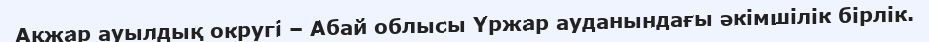
Ақжар ауылдық округі – Абай облысы Үржар ауданындағы әкімшілік бірлік.